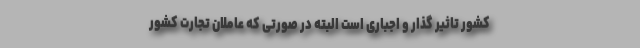
کشور تاثیر گذار و اجباری است البته در صورتی که عاملان تجارت کشور